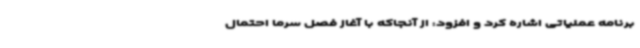
برنامه عملیاتی اشاره کرد و افزود: از آنجاکه با آغاز فصل سرما احتمال